Investigations into the jail dietaries of the United Provinces with some observations on the influence of dietary on the physical development and well-being of the people of the United Provinces - Number 48
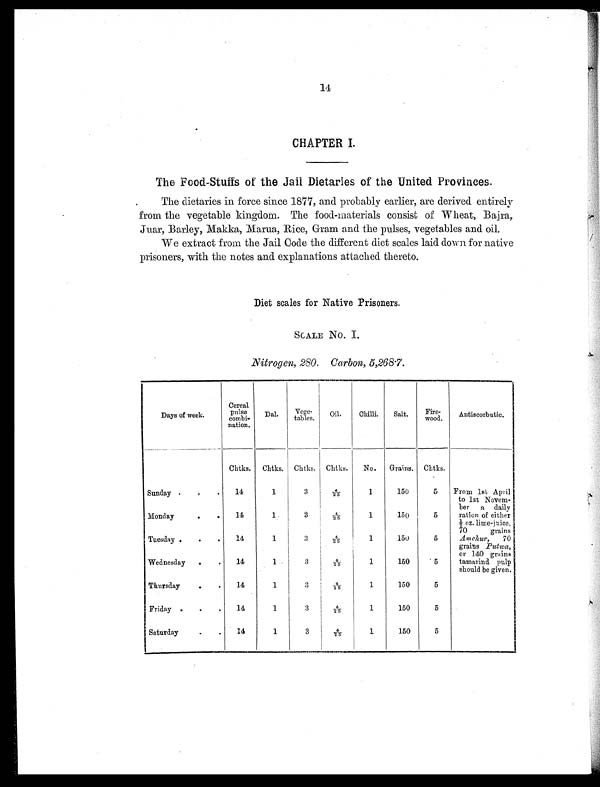
14
CHAPTER I.
The Food-Stuffs of the Jail Dietaries of the United Provinces.
The dietaries in force since 1877, and probably earlier, are derived entirely
from the vegetable kingdom. The food-materials consist of Wheat, Bajra,
Juar, Barley, Makka, Marua, Rice, Gram and the pulses, vegetables and oil.
We extract from the Jail Code the different diet scales laid down for native
prisoners, with the notes and explanations attached thereto.
Diet scales for Native Prisoners.
SCALE No. I.
Nitrogen, 280. Carbon, 5,268.7.
Days of week.
Cereal
Pulse
combi-
nation.
Dal. Vege-
tables. Oil. Chilli. Salt. Fire-
wood. Antiscorbutic.
Chtks. Chtks. Chtks. Chtks. No. Grains. Chtks.
Sunday . . . 14
1
3
4 / 2 5
1
150
5 From 1st April
to 1st Novem-
ber a daily
ration of either
½ oz. lime-juice,
70 grains
Amchur, 70
grains Putwa,
or 140 grains
tamarind pulp
should be given.
Monday
. . 14
1
3
4 / 2 5
1
150
5
Tuesday . . . 14
1
3
4 / 2 5
1
150
5
Wednesday . . 14
1
3
4 / 2 5
1
150
5
Thursday
. . 14
1
3
4 / 2 5
1
150
5
Friday . . . 14
1
3
4 / 2 5
1
150
5
Saturday
. . 14
1
3
4 / 2 5
1
150
5